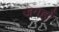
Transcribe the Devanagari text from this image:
जगहोँ